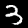
Digit: 3